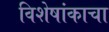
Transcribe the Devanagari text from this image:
विशेषांकाचा